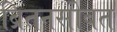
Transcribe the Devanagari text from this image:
ब्रितनसोबत